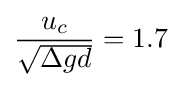
{\frac {u_{c}}{\sqrt {\Delta gd}}}=1.7